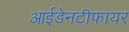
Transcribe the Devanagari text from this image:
आईडेनटीफायर